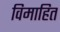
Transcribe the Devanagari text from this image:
विमाहित